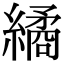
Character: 繘